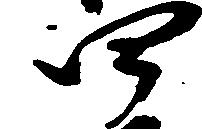
四